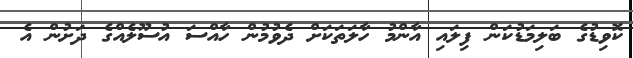
ކޮވިޑުގެ ބަލިމަޑުކަން ފިލައި އާންމު ހާލަތަކަށް ދެވުމުން ހާއްސަ އުސޫލެއްގެ ދަށުން އެ